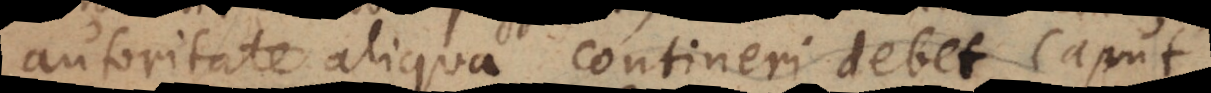
autoritate aliqua contineri debet, caput